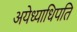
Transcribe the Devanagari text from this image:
अयेध्याधिपति